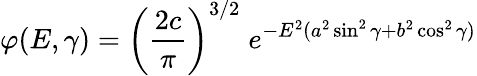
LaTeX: \varphi(E,\gamma)=\left(\frac{2c}{\pi}\right)^{3/2}\; e^{-E^{2}(a^{2}\sin^{2}\gamma+b^{2}\cos^{2}\gamma)}